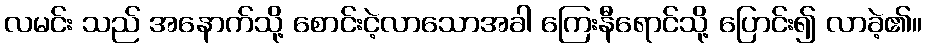
လမင်း သည် အနောက်သို့ စောင်းငဲ့လာသောအခါ ကြေးနီရောင်သို့ ပြောင်း၍ လာခဲ့၏။